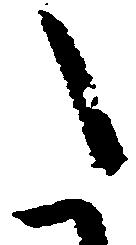
た